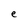
Character: e